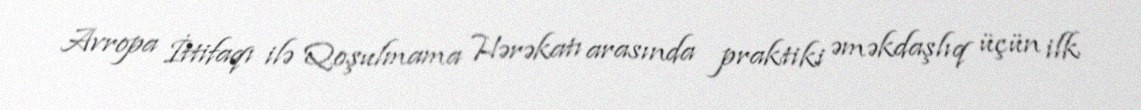
Avropa İttifaqı ilə Qoşulmama Hərəkatı arasında praktiki əməkdaşlıq üçün ilk